Scientific memoirs by medical officers of the Army of India - Part V,
Year: 1890
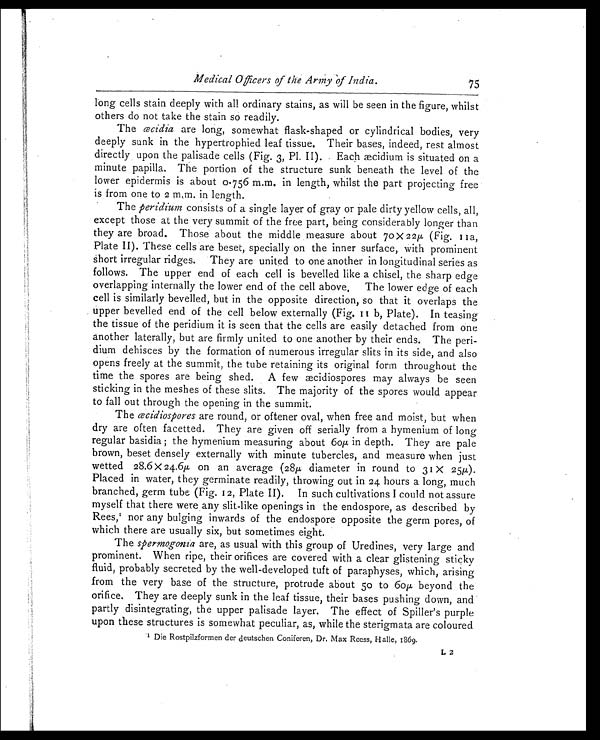
Medical Officers of the Army of India.
75
long cells stain deeply with all ordinary stains, as will be seen in the figure, whilst
others do not take the stain so readily.
The œcidia are long, somewhat flask-shaped or cylindrical bodies, very
deeply sunk in the hypertrophied leaf tissue. Their bases, indeed, rest almost
directly upon the palisade cells (Fig. 3, Pl. II). Each æcidium is situated on a
minute papilla. The portion of the structure sunk beneath the level of the
lower epidermis is about 0.756 m.m. in length, whilst the part projecting free
is from one to 2 m.m. in length.
The peridium consists of a single layer of gray or pale dirty yellow cells, all,
except those at the very summit of the free part, being considerably longer than
they are broad. Those about the middle measure about 70 x 22μ ( Fig. 11a,
Plate II). These cells are beset, specially on the inner surface, with prominent
Short irregular ridges. They are united to one another in longitudinal series as
follows. The upper end of each cell is bevelled like a chisel, the sharp edge
overlapping internally the lower end of the cell above. The lower edge of each
cell is similarly bevelled, but in the opposite direction, so that it overlaps the
upper bevelled end of the cell below externally (Fig. 11b, Plate). In teasing
the tissue of the peridium it is seen that the cells are easily detached from one
another laterally, but are firmly united to one another by their ends. The peri
-
dium dehisces by the formation of numerous irregular slits in its side, and also
opens freely at the summit, the tube retaining its original form throughout the
time the spores are being shed. A few æcidiospores may always be seen
sticking in the meshes of these slits. The majority of the spores would appear
to fall out through the opening in the summit.
The œcidiospores are round, or oftener oval, when free and moist, but when
dry are often facetted. They are given off serially from a hymenium of long
regular basidia; the hymenium measuring about 60 μ in depth. They are pale
brown, beset densely externally with minute tubercles, and measure when just
wetted 28.6 X 24.6μ on an average (28μ diameter in round to 31 X 25μ ).
Placed in water, they germinate readily, throwing out in 24 hours a long, much
branched, germ tube (Fig. 12, Plate II). In such cultivations I could not assure
myself that there were any slit-like openings in the endospore, as described by
Rees,1 n o r a n y b u l g i n g i n w a r d s o f t h e e n d o s p o r e o p p o s i t e t h e g e r m p o r e s , o f
which there are usually six, but sometimes eight.
The spermogonia are, as usual with this group of Uredines, very large and
prominent. When ripe, their orifices are covered with a clear glistening sticky
fluid, probably secreted by the well-developed tuft of paraphyses, which, arising
from the very base of the structure, protrude about 50 to 60 μ beyond the
orifice. They are deeply sunk in the leaf tissue, their bases pushing down, and
partly disintegrating, the upper palisade layer. The effect of Spiller's purple
upon these structures is somewhat peculiar, as, while the sterigmata are coloured
1 D i e R o s t p i l z f o r m e n d e r d e u t s c h e n C o n i f e r e n , D r . M a x R e e s s , 1 8 6 9 .
L2